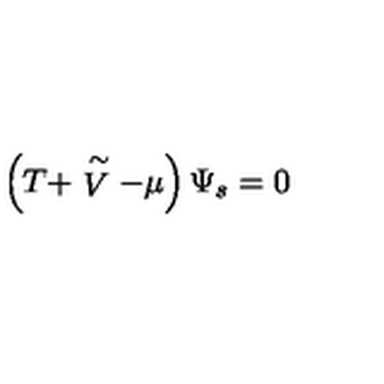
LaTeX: \left( T + \stackrel { \sim } { V } - \mu \right) \Psi _ { s } = 0